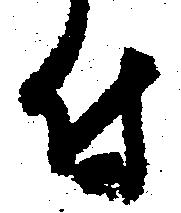
付